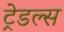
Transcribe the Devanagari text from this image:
ट्रेडल्स